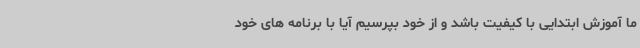
ما آموزش ابتدایی با کیفیت باشد و از خود بپرسیم آیا با برنامه های خود